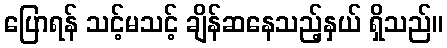
ပြောရန် သင့်မသင့် ချိန်ဆနေသည့်နှယ် ရှိသည်။